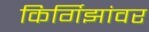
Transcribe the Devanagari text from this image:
किर्गिझांवर